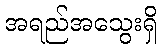
အရည်အသွေးရှိ